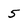
Character: 5